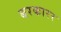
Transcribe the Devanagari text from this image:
बरकारर